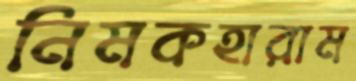
নিমকহারাম